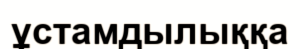
ұстамдылыққа